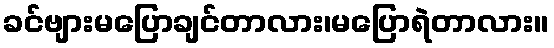
ခင်ဗျားမပြောချင်တာလား၊မပြောရဲတာလား။